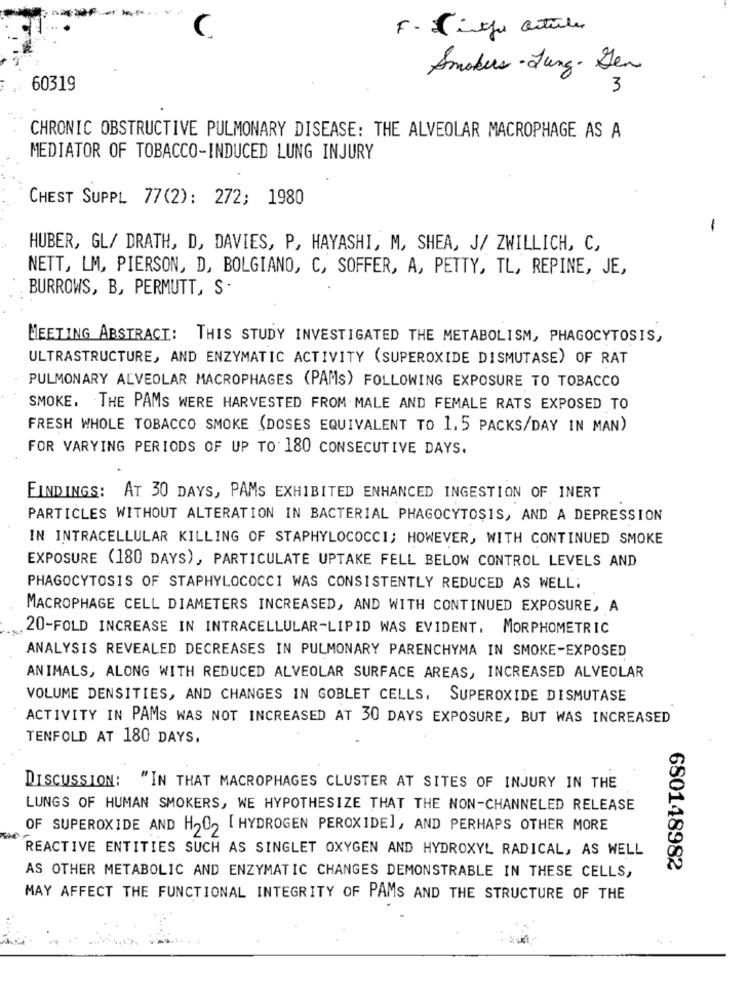
F- Fito articles
Smokers - Jung. Den
60319
3
CHRONIC OBSTRUCTIVE PULMONARY DISEASE: THE ALVEOLAR MACROPHAGE AS A
MEDIATOR OF TOBACCO-INDUCED LUNG INJURY
CHEST SUPPL 77(2): 272; 1980
1
HUBER, GL/ DRATH, D, DAVIES, P, HAYASHI, M, SHEA, J/ ZWILLICH, C,
NETT, LM, PIERSON, D, BOLGIANO, C, SOFFER, A, PETTY, TL, REPINE, JE,
BURROWS, B, PERMUTT, S .
MEETING ABSTRACT: THIS STUDY INVESTIGATED THE METABOLISM, PHAGOCYTOSIS,
ULTRASTRUCTURE, AND ENZYMATIC ACTIVITY (SUPEROXIDE DISMUTASE) OF RAT
PULMONARY ALVEOLAR MACROPHAGES (PAMS) FOLLOWING EXPOSURE TO TOBACCO
SMOKE. THE PAMS WERE HARVESTED FROM MALE AND FEMALE RATS EXPOSED TO
FRESH WHOLE TOBACCO SMOKE (DOSES EQUIVALENT TO 1.5 PACKS/DAY IN MAN)
FOR VARYING PERIODS OF UP TO 180 CONSECUTIVE DAYS.
FINDINGS: AT 30 DAYS, PAMS EXHIBITED ENHANCED INGESTION OF INERT
PARTICLES WITHOUT ALTERATION IN BACTERIAL PHAGOCYTOSIS, AND A DEPRESSION
IN INTRACELLULAR KILLING OF STAPHYLOCOCCI; HOWEVER, WITH CONTINUED SMOKE
EXPOSURE (180 DAYS), PARTICULATE UPTAKE FELL BELOW CONTROL LEVELS AND
PHAGOCYTOSIS OF STAPHYLOCOCCI WAS CONSISTENTLY REDUCED AS WELL:
MACROPHAGE CELL DIAMETERS INCREASED, AND WITH CONTINUED EXPOSURE, A
20-FOLD INCREASE IN INTRACELLULAR-LIPID WAS EVIDENT. MORPHOMETRIC
ANALYSIS REVEALED DECREASES IN PULMONARY PARENCHYMA IN SMOKE-EXPOSED
ANIMALS, ALONG WITH REDUCED ALVEOLAR SURFACE AREAS, INCREASED ALVEOLAR
VOLUME DENSITIES, AND CHANGES IN GOBLET CELLS. SUPEROXIDE DISMUTASE
ACTIVITY IN PAMS WAS NOT INCREASED AT 30 DAYS EXPOSURE, BUT WAS INCREASED
TENFOLD AT 180 DAYS.
DISCUSSION: "IN THAT MACROPHAGES CLUSTER AT SITES OF INJURY IN THE
LUNGS OF HUMAN SMOKERS, WE HYPOTHESIZE THAT THE NON-CHANNELED RELEASE
OF SUPEROXIDE AND H202 [ HYDROGEN PEROXIDE], AND PERHAPS OTHER MORE
REACTIVE ENTITIES SUCH AS SINGLET OXYGEN AND HYDROXYL RADICAL, AS WELL
680148982
AS OTHER METABOLIC AND ENZYMATIC CHANGES DEMONSTRABLE IN THESE CELLS,
MAY AFFECT THE FUNCTIONAL INTEGRITY OF PAMS AND THE STRUCTURE OF THE